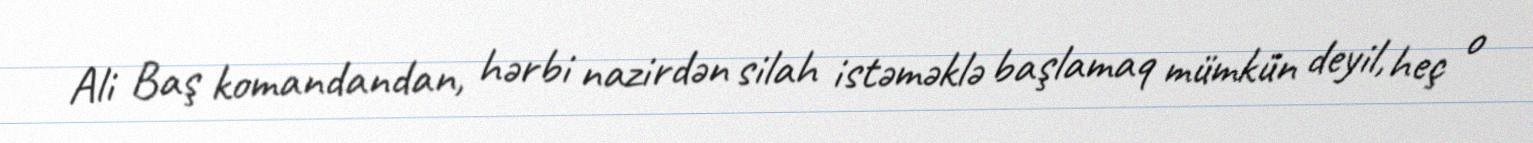
Ali Baş komandandan, hərbi nazirdən silah istəməklə başlamaq mümkün deyil, heç o